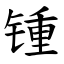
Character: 锺